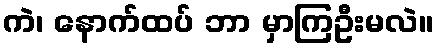
ကဲ၊ နောက်ထပ် ဘာ မှာကြဦးမလဲ။